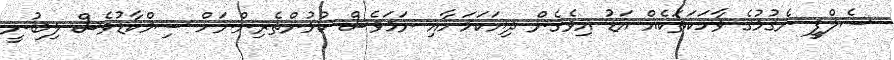
ސެލްފީ ނެގުމުގެ ވާހަކަތަކެއް އަޑު އިވެގެން ދިޔަކަމަށާއި ނަމަވެސް ކުޅުންތެރިންނަށް ސިމްކާޑުވެސް ލިބުނީ